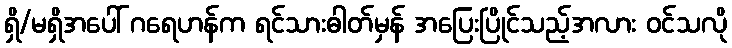
ရှိ/မရှိအပေါ် ဂရေဟန်က ရင်သားဓါတ်မှန် အပြေးပြိုင်သည့်အလား ဝင်သလို